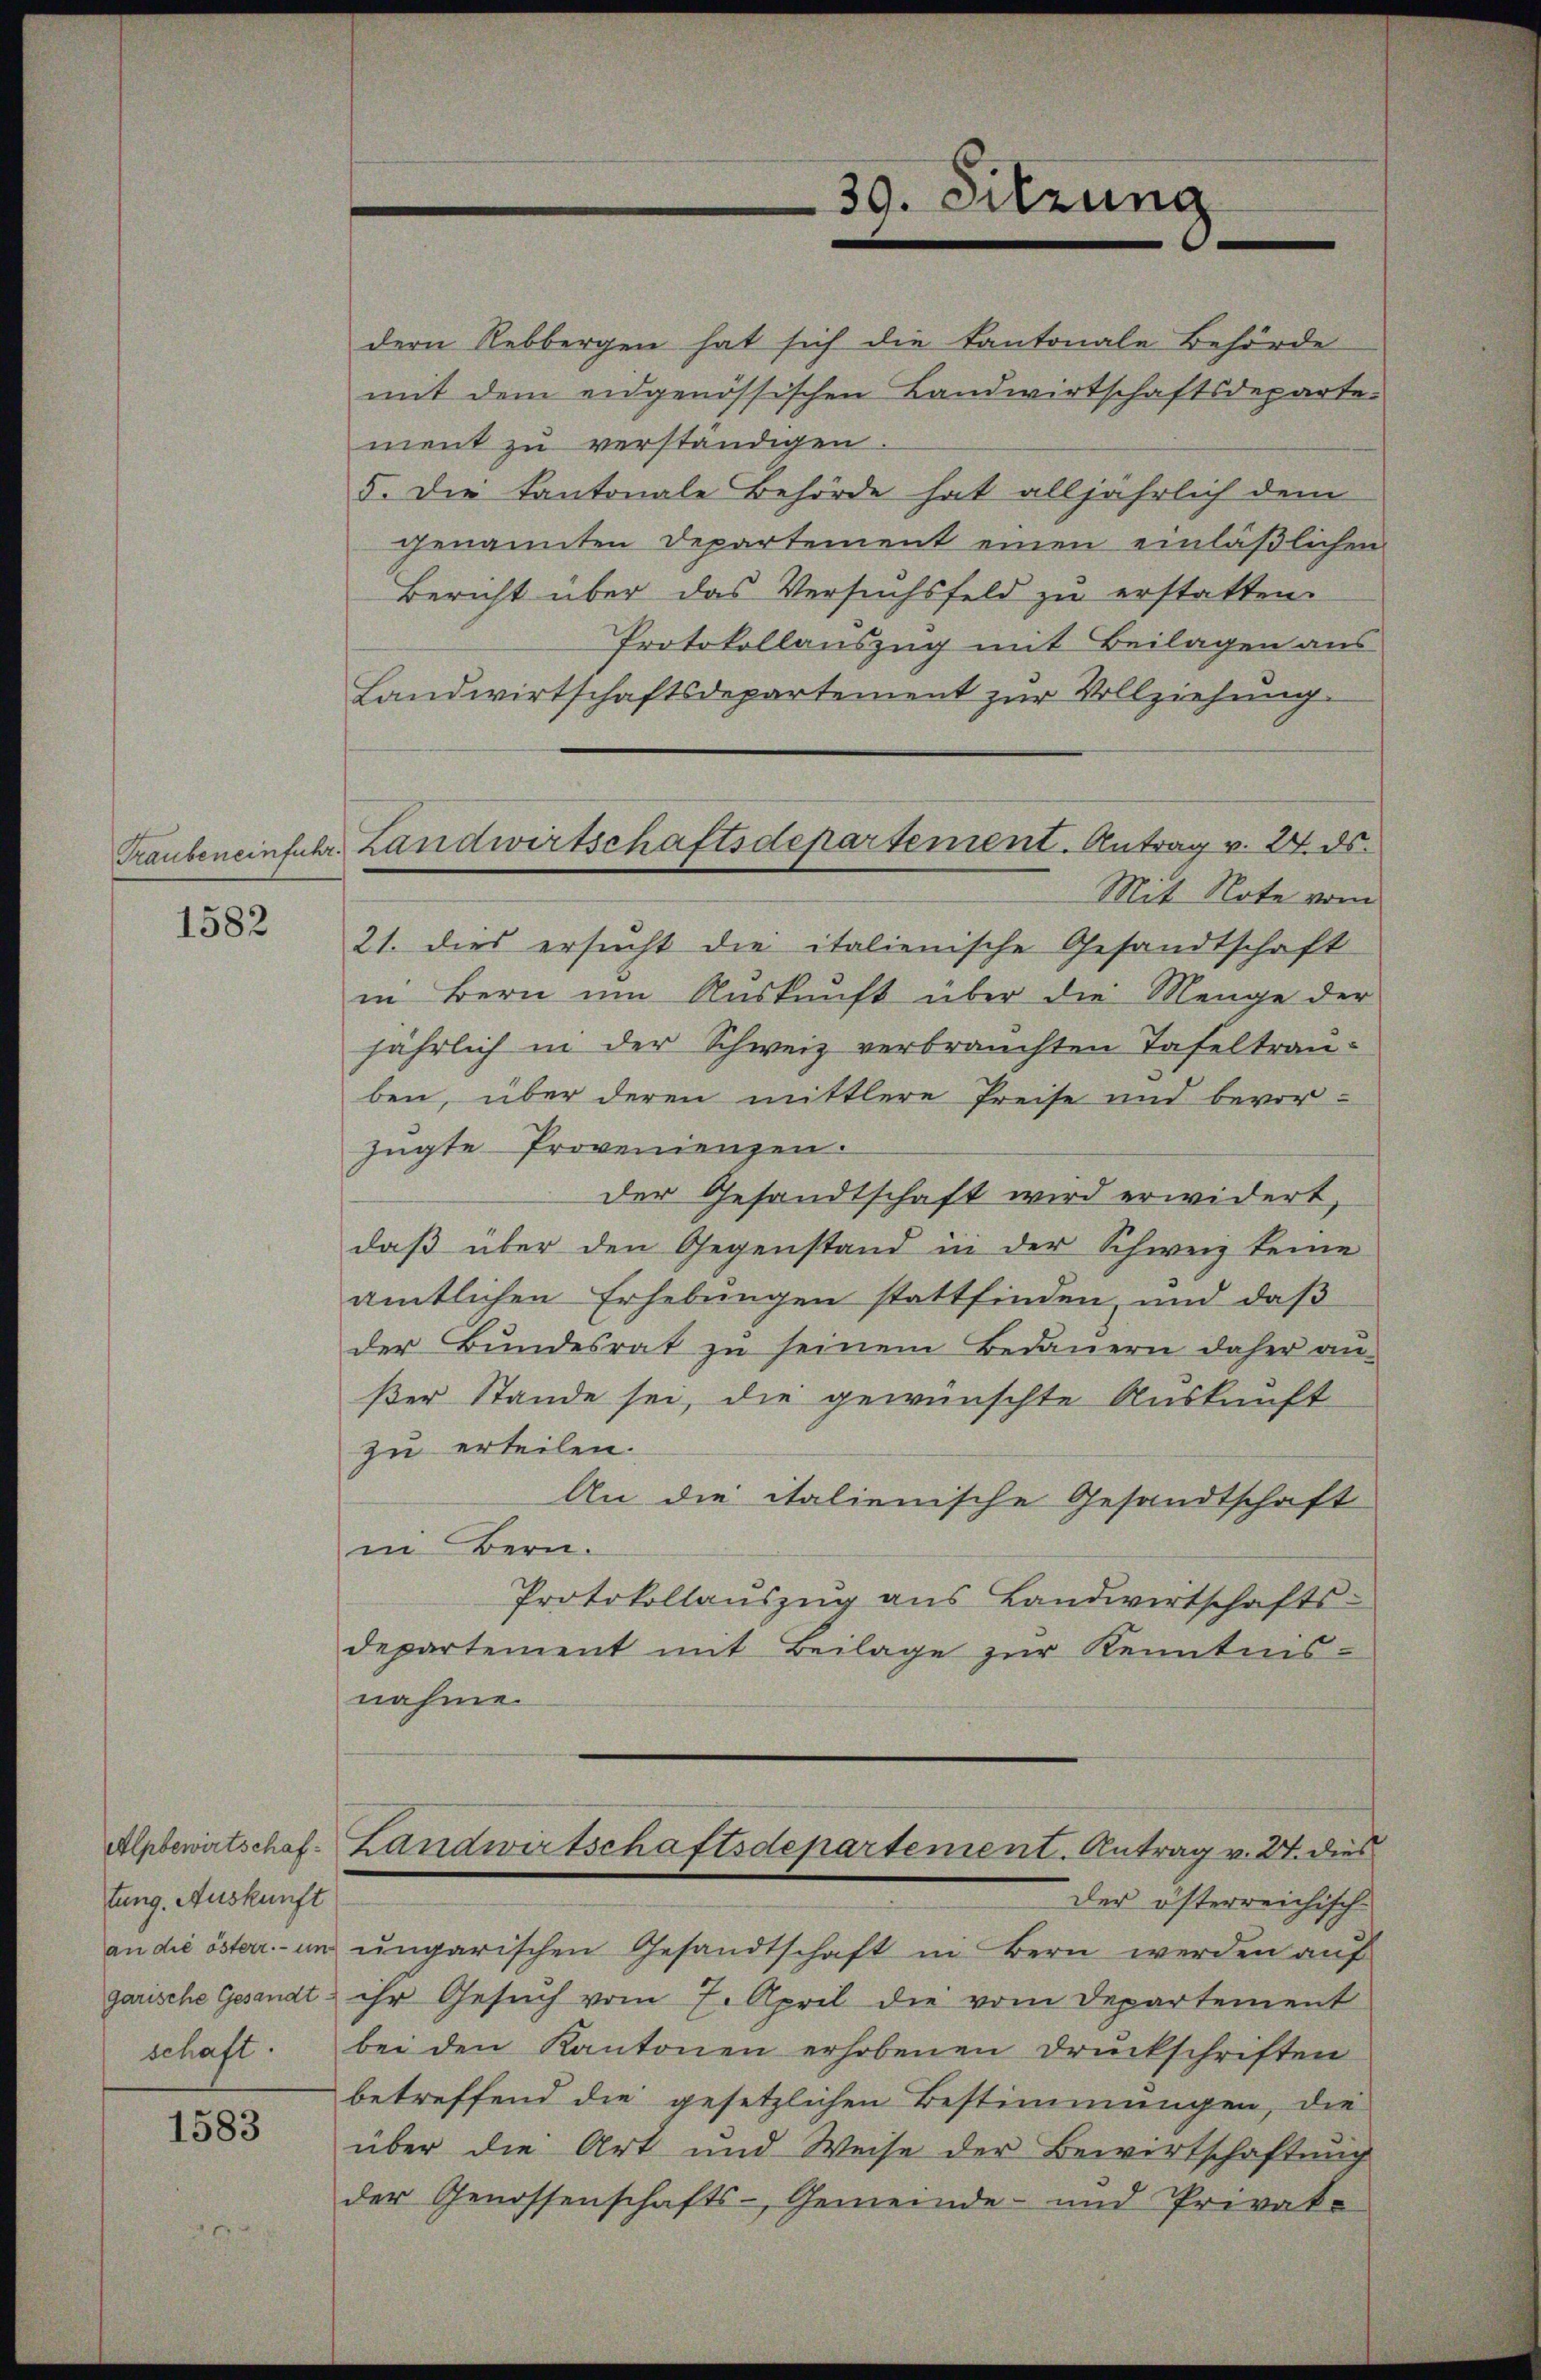
1582

tung. Auskunft
an die österr. - un
garische Gesandt¬

1583

dern Rebbergen hat sich die Cantonale Behörde
mit dem eidgenössischen Landwirtschaftsdeparte-
ment zu verständigen.
5. Die Kantonale Behörde hat alljährlich dem
genannten Departement einen einläßlichen
Bericht über das Versuchsfeld zu erstatten.
Protokollauszug mit Beilagen aus
Landwirtschaftsdepartement zur Vollziehung.
Mit Note vom
21. dies ersucht die italienische Gesandtschaft
in Bern ŭm Aŭskŭnft über die Menge der
jährlich in der Schweiz verbrauchten Tafeltrauben, über deren mittlere Preise und bevor-
zügte Provenienzen.
der Gesandtschaft wird erwidert,
daß über den Gegenstand in der Schweiz keine
amtlichen Erhebungen stattfinden, und daß
der Bŭndesrat zŭ seinem Bedauern daher an-
ßer Stande sei, die gewünschte Auskunft
zu erteilen.
An die italienische Gesandtschaft
in Bern.
Protokollaŭszŭg ans Landwirtschafts-
departement mit Beilage zŭr Kenntnis-
nahme
Alpbewirtschaf-Landwirtschaftsdepartement. Antrag v. 27. dies
der österreichisch-
ungarischen Gesandtschaft in Bern werden auf
ihr Gesuch vom 7. April die vom Departement
schaft. bei den Kantonen erhobenen Druckschriften
betreffend die gesetzlichen Bestimmungen, die
über die Art und Weise der Bewirtschaftung
der Genossenschafts-Gemeinde- und Privat-

30. Sitzung

Trauben einfuhr. Landwirtschaftsdepartement. Antrag v. 24. ds.